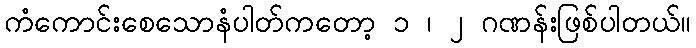
ကံကောင်းစေသောနံပါတ်ကတော့ ၁ ၊ ၂ ဂဏန်းဖြစ်ပါတယ်။